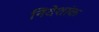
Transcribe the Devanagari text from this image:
निदेशांक